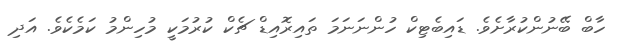
ހާބް ބޭނުންކުރާށެވެ. ޑައިބެޓިކް ހުންނަނަމަ ތައިރޮއިޑް ޗެކް ކުރުމަކީ މުހިންމު ކަމެކެވެ. އަދި